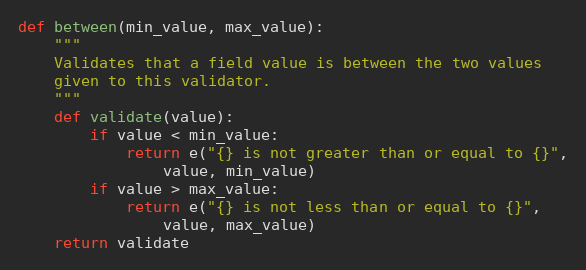
Language: Python
def between(min_value, max_value):
    """
    Validates that a field value is between the two values
    given to this validator.
    """
    def validate(value):
        if value < min_value:
            return e("{} is not greater than or equal to {}",
                value, min_value)
        if value > max_value:
            return e("{} is not less than or equal to {}",
                value, max_value)
    return validate